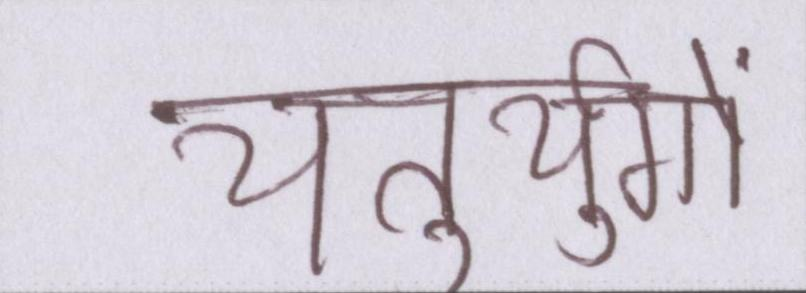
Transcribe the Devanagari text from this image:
चतुर्युगों